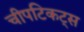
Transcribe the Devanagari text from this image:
चीपटिकट्स